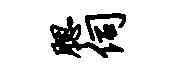
腮伺